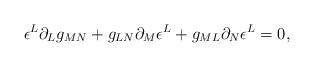
LaTeX: \begin{align*}\epsilon^L \partial_L g_{MN} + g_{LN} \partial_M \epsilon^L + g_{ML} \partial_N \epsilon^L = 0,\end{align*}